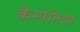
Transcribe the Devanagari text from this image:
कैम्पेनिया